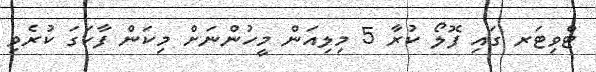
ޓްވިޓަރ ގައި ފޮލޯ ކުރާ 5 މިލިއަން މީހުންނަށް މިކަން ފާހަގަ ކުރެވި